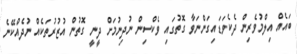
ބައެއް އިލްމުވެރިން ދެކެވަޑައިގަންނަވާ ގޮތުގައި ވެކްސިން ނުދިނުމަށް ދީނީ ގޮތުން އުޒުރުތަކެއް ނުދެއްކޭނެ